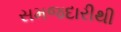
સમજદારીથી